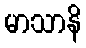
မာသာနိ